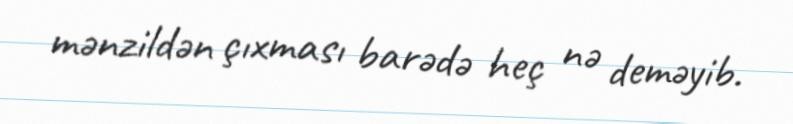
mənzildən çıxması barədə heç nə deməyib.